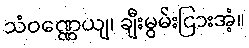
သံဝဏ္ဏေယျ၊ ချီးမွမ်းငြားအံ့။